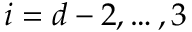
i = d - 2 , \ldots , 3